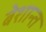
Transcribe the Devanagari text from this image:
बेशान्त